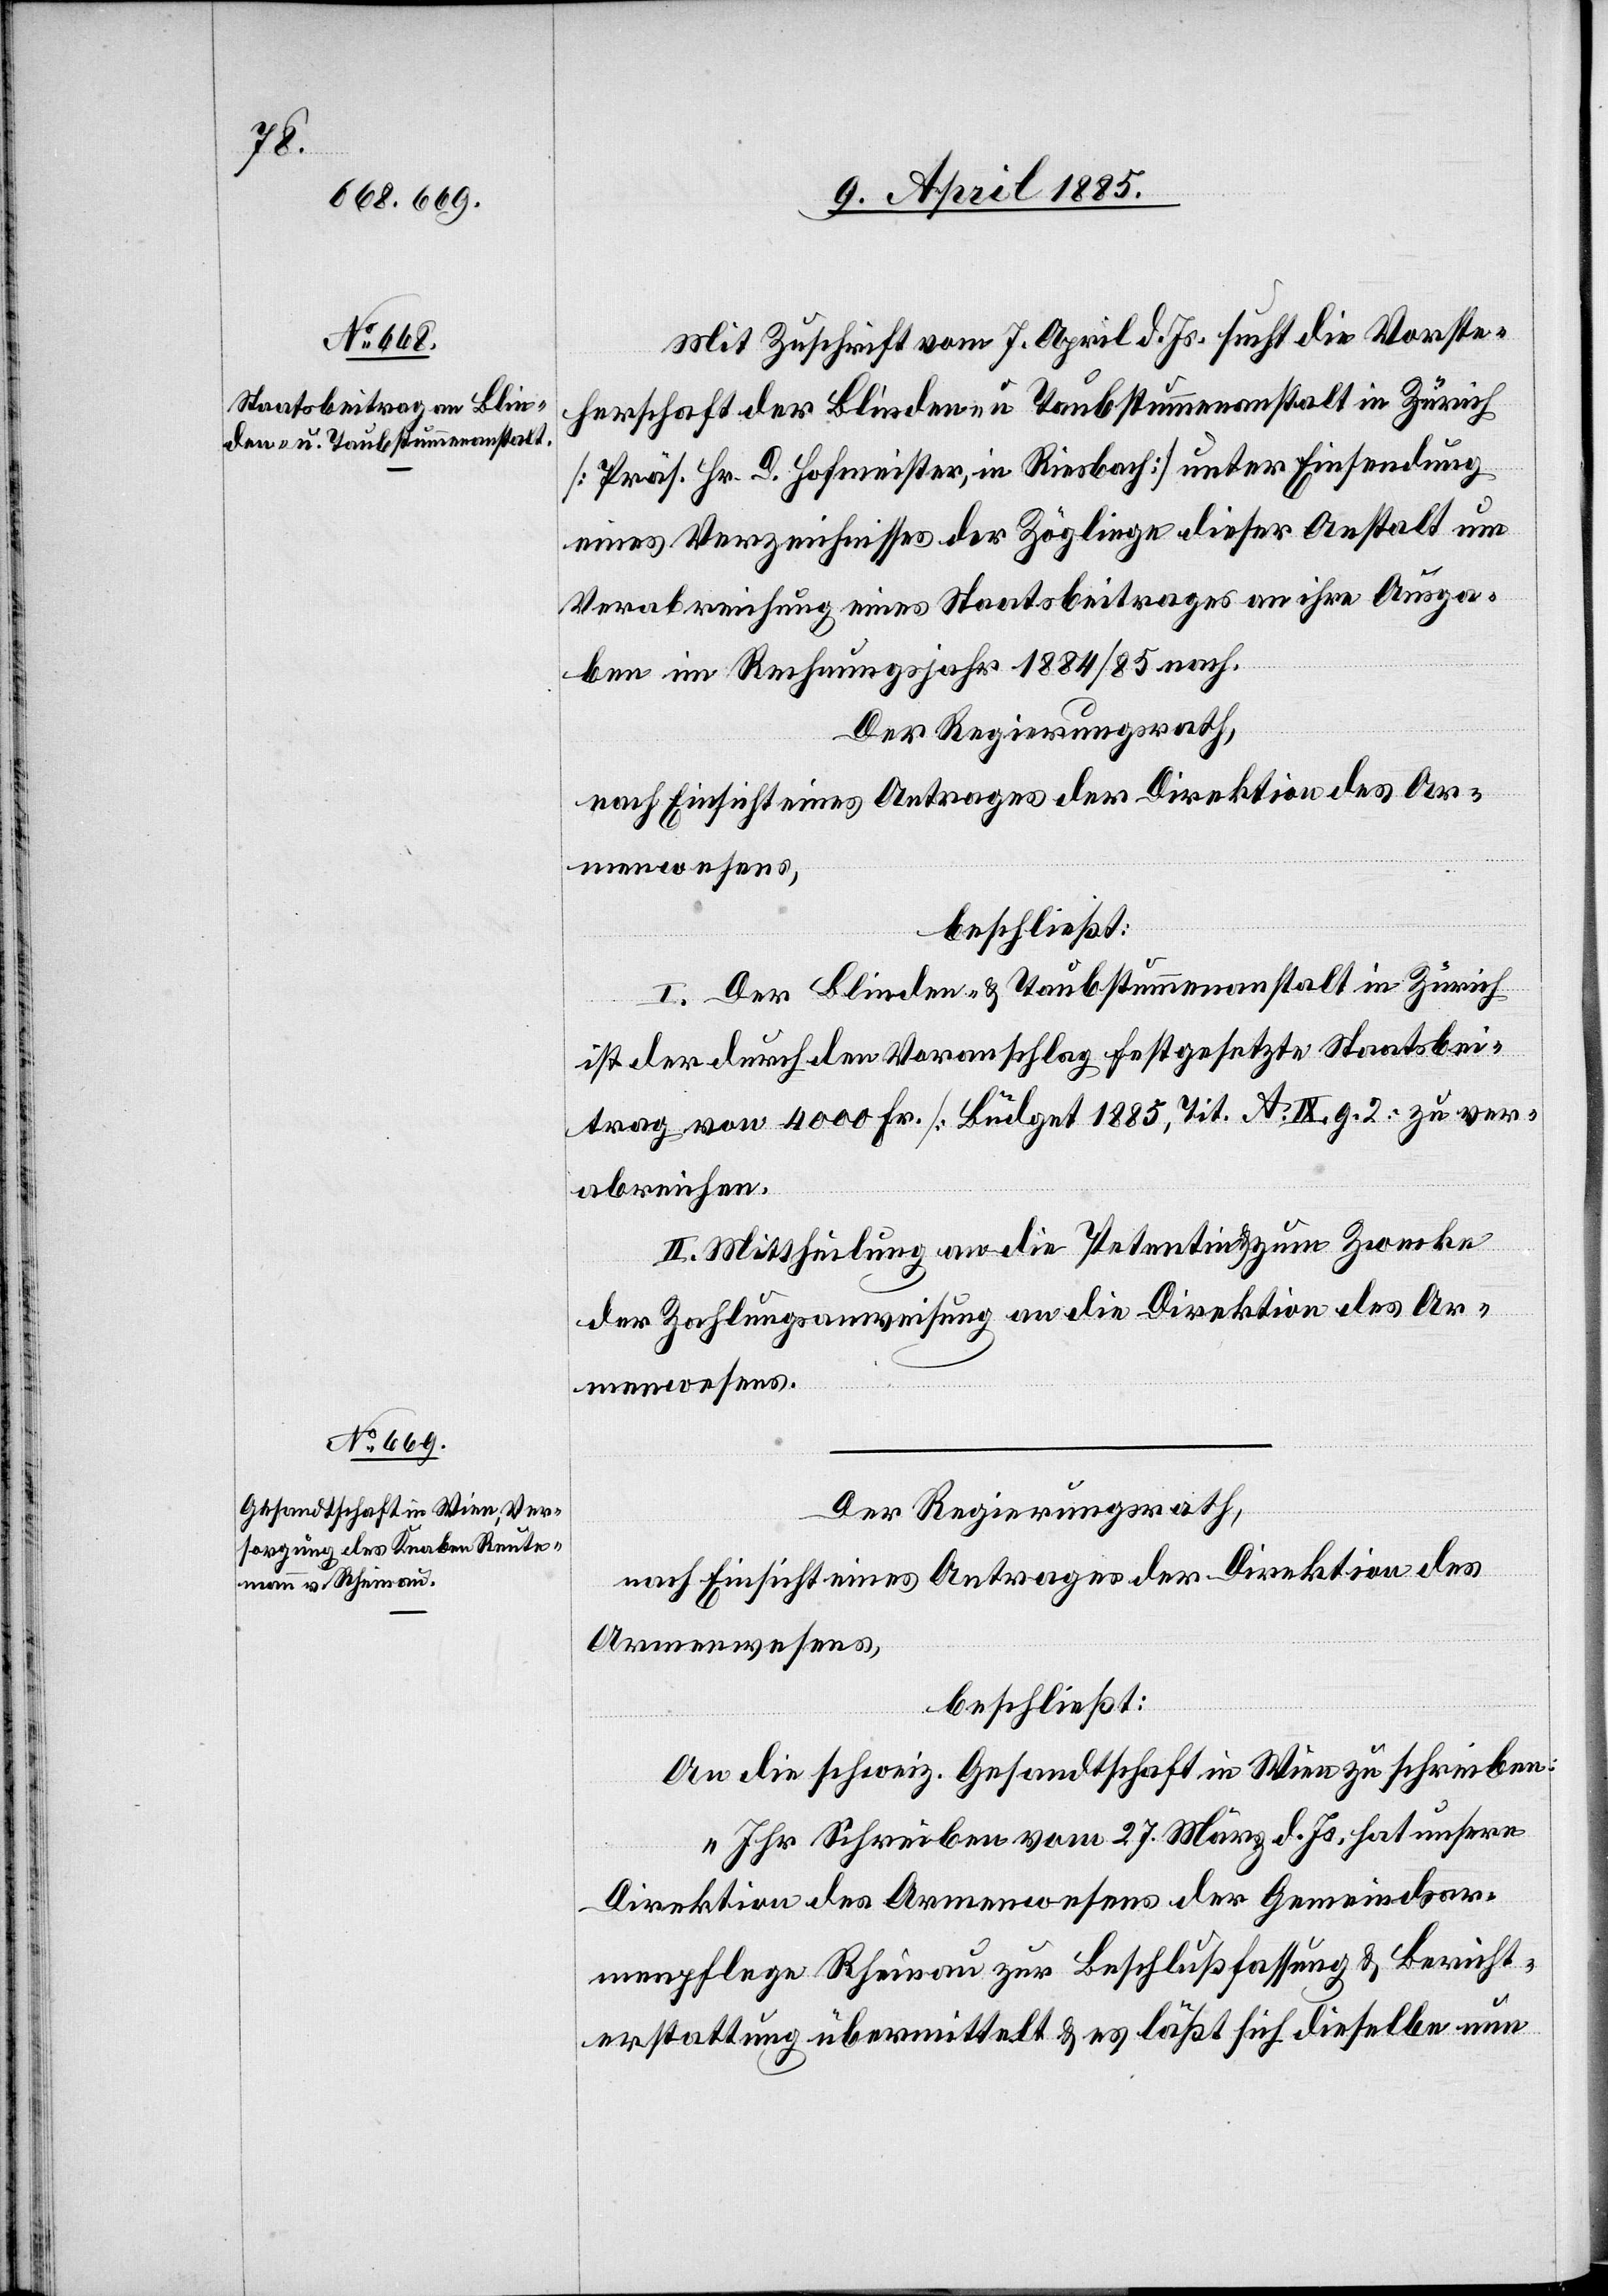
Mit Zuschrift vom 7. April d. Js. sucht die Vorste¬
herschaft der Blinden- u. Taubstummenanstalt in Zürich
[Präs. Hr. D. Hofmeister, in Riesbach] unter Einsendung
eines Verzeichnisses der Zöglinge dieser Anstalt um
Verabreichung eines Staatsbeitrages an ihre Ausga¬
ben im Rechnungsjahr 1884/85 nach.
I. Der Blinden- & Taubstummenanstalt in Zürich
ist der durch den Voranschlag festgesetzte Staatsbei¬
trag von 4000 Fr. [Budget 1885, Tit. A. IX, g. 2] zu ver¬
abreichen.
II. Mittheilung an die Petentin & zum Zwecke
der Zahlungsanweisung an die Direktion des Ar¬
menwesens.
Der Regierungsrath,
nach Einsicht eines Antrages der Direktion des
Armenwesens,
beschließt:
An die schweiz. Gesandtschaft in Wien zu schreiben:
„Ihr Schreiben vom 27. März d. Js. hat unsere
Direktion des Armenwesens der Gemeindsar¬
menpflege Rheinau zur Beschlußfassung & Bericht¬
erstattung übermittelt & es läßt sich dieselbe nun